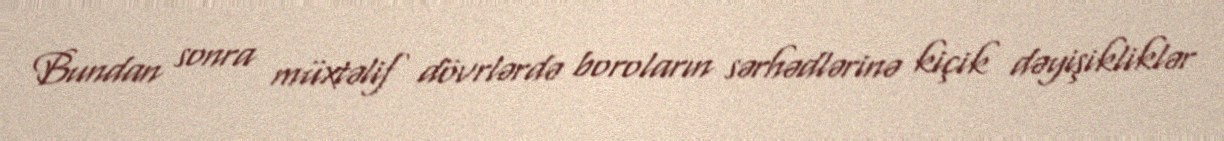
Bundan sonra müxtəlif dövrlərdə boroların sərhədlərinə kiçik dəyişikliklər